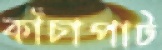
কাঁচাপাট